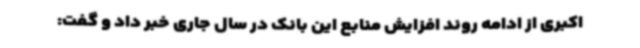
اکبری از ادامه روند افزایش منابع این بانک در سال جاری خبر داد و گفت: